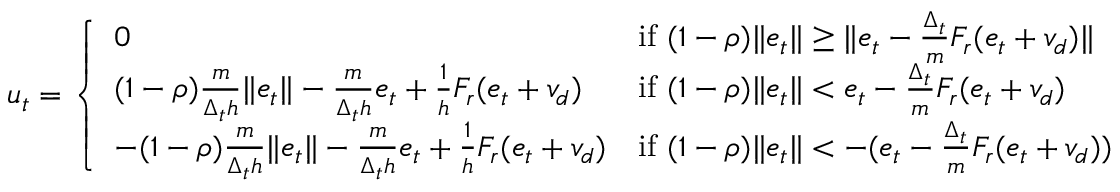
\begin{array} { r } { u _ { t } = \left\{ \begin{array} { l l } { 0 } & { \mathrm { i f ~ } ( 1 - \rho ) \| e _ { t } \| \geq \| e _ { t } - \frac { \Delta _ { t } } { m } F _ { r } ( e _ { t } + v _ { d } ) \| } \\ { ( 1 - \rho ) \frac { m } { \Delta _ { t } h } \| e _ { t } \| - \frac { m } { \Delta _ { t } h } e _ { t } + \frac { 1 } { h } F _ { r } ( e _ { t } + v _ { d } ) } & { \mathrm { i f ~ } ( 1 - \rho ) \| e _ { t } \| < e _ { t } - \frac { \Delta _ { t } } { m } F _ { r } ( e _ { t } + v _ { d } ) } \\ { - ( 1 - \rho ) \frac { m } { \Delta _ { t } h } \| e _ { t } \| - \frac { m } { \Delta _ { t } h } e _ { t } + \frac { 1 } { h } F _ { r } ( e _ { t } + v _ { d } ) } & { \mathrm { i f ~ } ( 1 - \rho ) \| e _ { t } \| < - ( e _ { t } - \frac { \Delta _ { t } } { m } F _ { r } ( e _ { t } + v _ { d } ) ) } \end{array} \right. } \end{array}